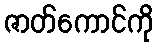
ဇာတ်ကောင်ကို